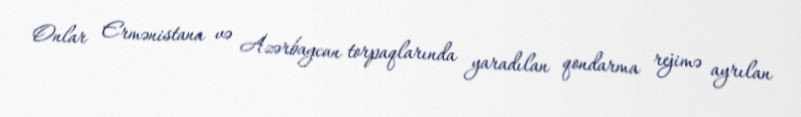
Onlar Ermənistana və Azərbaycan torpaqlarında yaradılan qondarma rejimə ayrılan